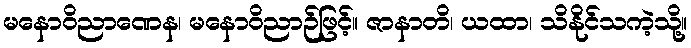
မနောဝိညာဏေန၊ မနောဝိညာဉ်ဖြင့်။ ဇာနာတိ၊ ယထာ၊ သိနိုင်သကဲ့သို့။